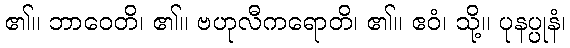
၏။ ဘာဝေတိ၊ ၏။ ဗဟုလီကရောတိ၊ ၏။ ဧဝံ၊ သို့။ ပုနပ္ပုနံ၊